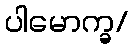
ပါမောက္ခ/